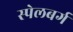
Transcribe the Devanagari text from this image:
स्पेलबर्ग